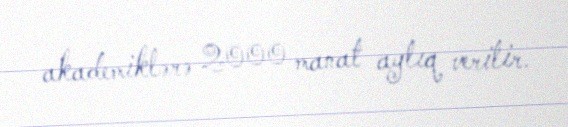
akademiklərə 2000 manat aylıq verilir.